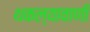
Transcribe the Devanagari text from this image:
थकल्यावाणी